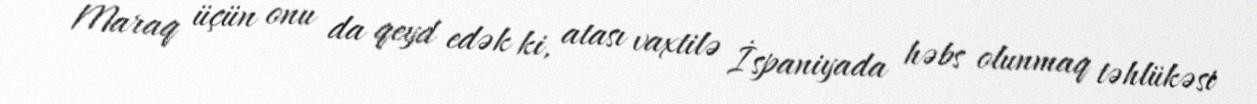
Maraq üçün onu da qeyd edək ki, atası vaxtilə İspaniyada həbs olunmaq təhlükəsi